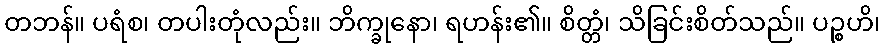
တဘန်။ ပရံစ၊ တပါးတုံလည်း။ ဘိက္ခုနော၊ ရဟန်း၏။ စိတ္တံ၊ သိခြင်းစိတ်သည်။ ပဉ္စဟိ၊